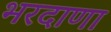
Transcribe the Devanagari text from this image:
भरदाणा